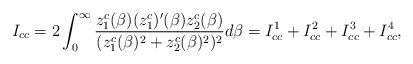
LaTeX: \begin{align*}I_{cc}=2 \int_{0}^{\infty} \frac{z^c_1(\beta)(z^c_1)'(\beta)z^c_2(\beta)}{(z^c_1(\beta)^2+z^c_2(\beta)^2)^2}d\beta = I_{cc}^{1} + I_{cc}^{2} + I_{cc}^{3} + I_{cc}^{4},\end{align*}